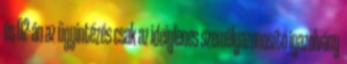
és 02-án az ügyintézés csak az ideiglenes személyazonosító igazolvány